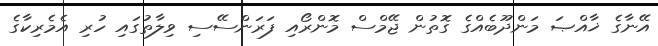
އޭނާގެ ޚާއްޞަ މަންދޫބެއްގެ ގޮތުން ޖޭމްސް މޮންރޯއި ފަރަންސޭސި ވިލާތުގައި ހުރި އެމެރިކާގެ